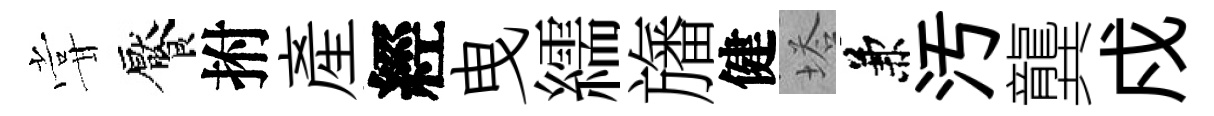
甞饜拊産經曳繻旛健塔兼汚龔戍